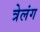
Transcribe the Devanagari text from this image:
त्रेलंग